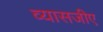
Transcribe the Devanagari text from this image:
व्यासजीए